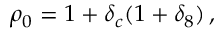
\rho _ { 0 } = 1 + \delta _ { c } ( 1 + \delta _ { 8 } ) \, ,